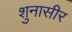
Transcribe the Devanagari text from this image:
शुनासीर